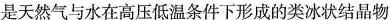
是天然气与水在高压低温条件下形成的类冰状结晶物